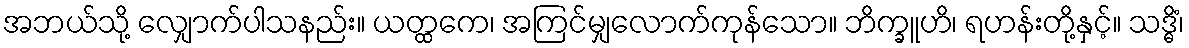
အဘယ်သို့ လျှောက်ပါသနည်း။ ယတ္ထကေ၊ အကြင်မျှလောက်ကုန်သော။ ဘိက္ခူဟိ၊ ရဟန်းတို့နှင့်။ သဒ္ဓိံ၊